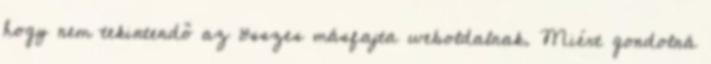
hogy nem tekintendő az összes másfajta weboldalnak. Miért gondolná